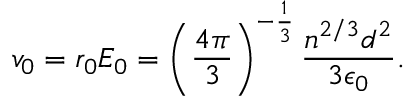
v _ { 0 } = r _ { 0 } E _ { 0 } = \left( \frac { 4 \pi } { 3 } \right) ^ { - \frac { 1 } { 3 } } \frac { n ^ { 2 / 3 } d ^ { 2 } } { 3 \epsilon _ { 0 } } .